Indian journal of veterinary science and animal husbandry - Volume 13,
Year: 1943
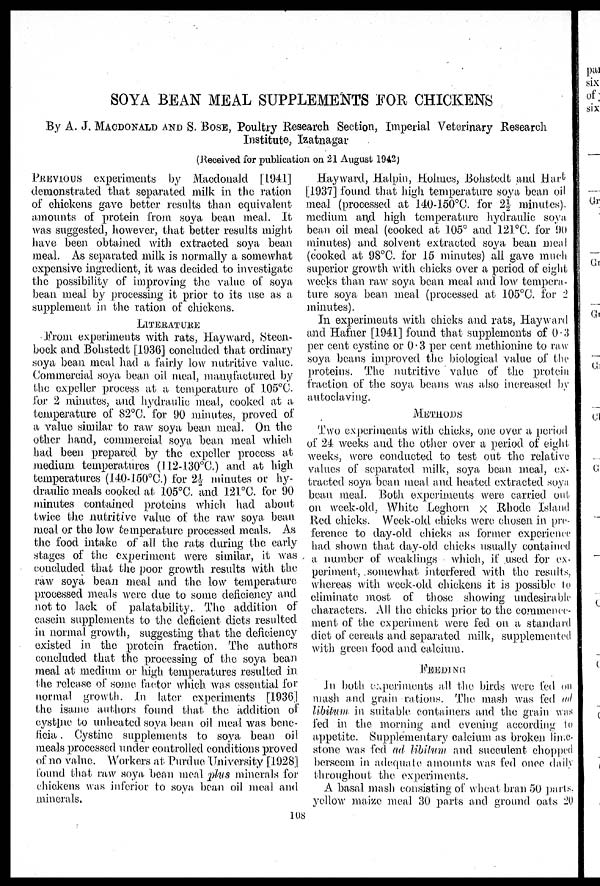
SOYA BEAN MEAL SUPPLEMENTS FOR CHICKENS
By A. J. MACDONALD AND S. BOSE, Poultry Research Section, Imperial Veterinary Research
Institute, Izatnagar
(Received for publication on 21 August 1942)
PREVIOUS experiments by Macdonald [1941]
demonstrated that separated milk in the ration
of chickens gave better results than equivalent
amounts of protein from soya bean meal. It
was suggested, however, that better results might
have been obtained with extracted soya bean
meal. As separated milk is normally a somewhat
expensive ingredient, it was decided to investigate
the possibility of improving the value of soya
bean meal by processing it prior to its use as a
supplement in the ration of chickens.
LITERATURE
From experiments with rats, Hayward, Steen-
bock and Bohstedt [1936] concluded that ordinary
soya bean meal had a fairly low nutritive value.
Commercial soya bean oil meal, manufactured by
the expeller process at a temperature of 105°C.
for 2 minutes, and hydraulic meal, cooked at a
temperature of 82°C. for 90 minutes, proved of
a value similar to raw soya bean meal. On the
other hand, commercial soya bean meal which
had been prepared by the expeller process at
medium temperatures (112-130°C.) and at high
temperatures (140-150°C.) for 2½ minutes or hy¬
draulic meals cooked at 105°C. and 121°C. for 90
minutes contained proteins which had about
twice the nutritive value of the raw soya bean
meal or the low temperature processed meals. As
the food intake of all the rats during the early
stages of the experiment were similar, it was
concluded that the poor growth results with the
raw soya bean meal and the low temperature
processed meals were due to some deficiency and
not to lack of palatability.. The addition of
casein supplements to the deficient diets resulted
in normal growth, suggesting that the deficiency
existed in the protein fraction. The authors
concluded that the processing of the soya bean
meal at medium or high temperatures resulted in
the release of some factor which was essential for
normal growth. In later experiments [1936]
the isame authors found that the addition of
cystine to unheated soya bean oil meal was bene¬
ficia. Cystine supplements to soya bean oil
meals processed under controlled conditions proved
of no value. Workers at Purdue University [1928]
found that raw soya bean meal plus minerals for
chickens was inferior to soya bean oil meal and
minerals.
Hayward, Halpin, Holmes, Bohstedt and Hart
[1937] found that high temperature soya bean oil
meal (processed at 140-150°C. for 2½ minutes),
medium and high temperature hydraulic soya
bean oil meal (cooked at 105° and 121°C. for 90
minutes) and solvent extracted soya bean meal
(cooked at 98°C. for 15 minutes) all gave much
superior growth with chicks over a period of eight
weeks than raw soya bean meal and low tempera-
ture soya bean meal (processed at 105°C. for 2
minutes).
In experiments with chicks and rats, Hayward
and Hafner [1941] found that supplements of 0.3
per cent cystine or 0.3 per cent methionine to raw
soya beans improved the biological value of the
proteins. The nutritive value of the protein
fraction of the soya beans was also increased by
autoclaving.
METHODS
Two experiments with chicks, one over a period
of 24 weeks and the other over a period of eight
weeks, were conducted to test out the relative
values of separated milk, soya bean meal, ex-
tracted soya bean meal and heated extracted soya
bean meal. Both experiments were carried out
on week-old, White Leghorn × Rhode Island
Red chicks. Week-old chicks were chosen in pre-
ference to day-old chicks as former experience
had shown that day-old chicks usually contained
a number of weaklings which, if used for ex-
periment, somewhat interfered with the results,
whereas with week-old chickens it is possible to
eliminate most of those showing undesirable
characters. All the chicks prior to the commence-
ment of the experiment were fed on a standard
diet of cereals and separated milk, supplemented
with green food and calcium.
FEEDING
In both experiments all the birds were fed on
mash and grain rations. The mash was fed ad
libitum in suitable containers and the grain was
fed in the morning and evening according to
appetite. Supplementary calcium as broken lime-
stone was fed ad libitum and succulent chopped
berseem in adequate amounts was fed once daily
throughout the experiments.
A basal mash consisting of wheat bran 50 parts,
yellow maize meal 30 parts and ground oats 20
108